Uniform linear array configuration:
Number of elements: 32
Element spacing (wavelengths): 1
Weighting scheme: hann
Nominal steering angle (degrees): -30
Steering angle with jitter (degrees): -29.183
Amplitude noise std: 0.05
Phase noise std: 0.05

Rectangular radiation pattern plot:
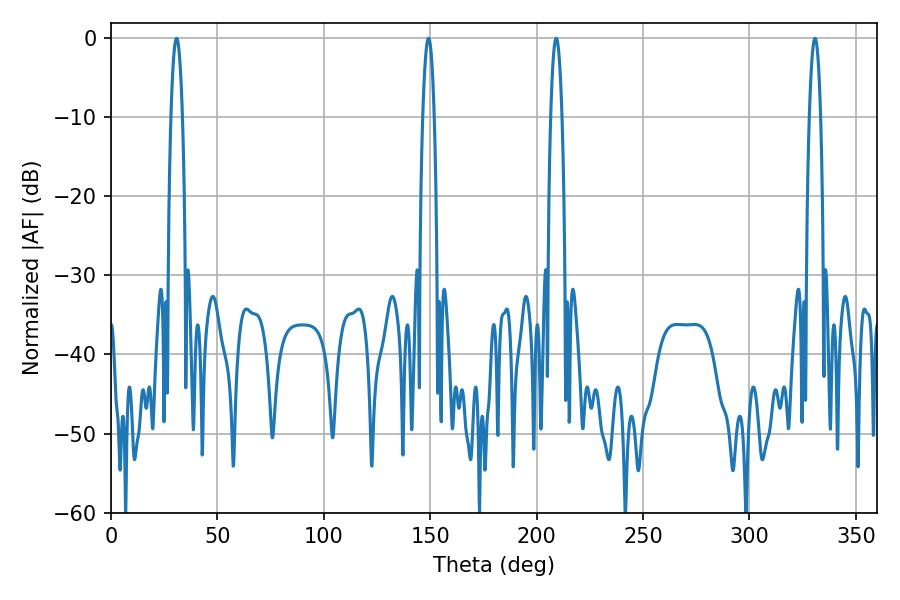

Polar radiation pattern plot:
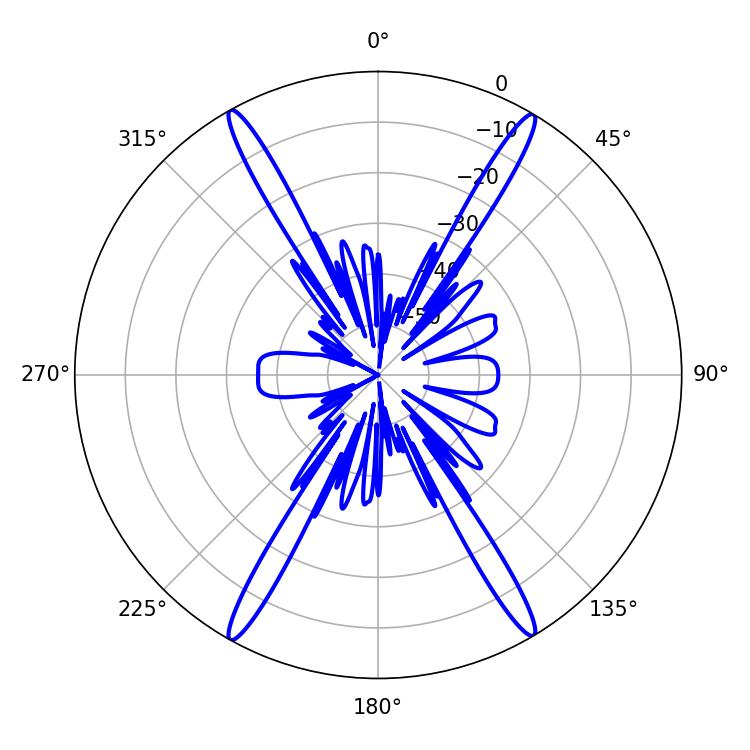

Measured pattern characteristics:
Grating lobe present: TRUE
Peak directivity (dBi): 27.226
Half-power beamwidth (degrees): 2.88
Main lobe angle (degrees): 30.78